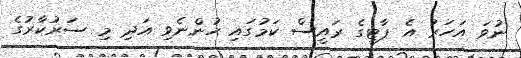
ނުވަ އަހަރު އެ ޕާޓީގެ ރައީސް ކަމުގައި ހުންނެވި އަދި މި ސަރުކާރުގެ